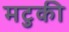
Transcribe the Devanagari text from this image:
मटुकी